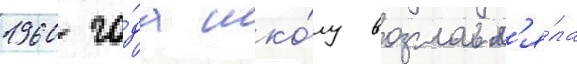
1960 го́да шко́лу возглавл'я́ла